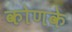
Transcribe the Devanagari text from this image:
कोणके